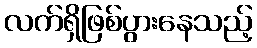
လက်ရှိဖြစ်ပွားနေသည့်